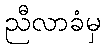
ညီလာခံမှ